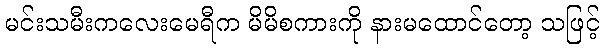
မင်းသမီးကလေးမေရီက မိမိစကားကို နားမထောင်တော့ သဖြင့်